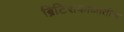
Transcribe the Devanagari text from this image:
ब्रिटिशकाळातील